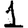
Digit: 1